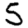
Digit: 5